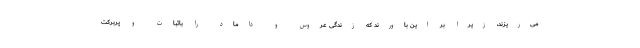
می‌ریزند، زیرا بر این باورند که زندگی عروس و داماد را باثبات و پربرکت